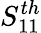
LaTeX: S_{11}^{th}